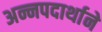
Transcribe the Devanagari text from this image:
अन्नपदार्थाने